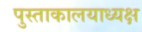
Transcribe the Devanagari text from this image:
पुस्ताकालयाध्यक्ष